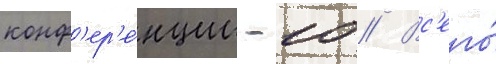
конф'ер'е́нции -10 // Вс'его́